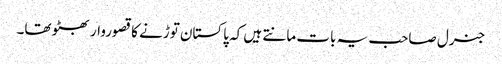
جنرل صاحب یہ بات مانتے ہیں کہ پاکستان توڑنے کا قصوروار بھٹو تھا۔